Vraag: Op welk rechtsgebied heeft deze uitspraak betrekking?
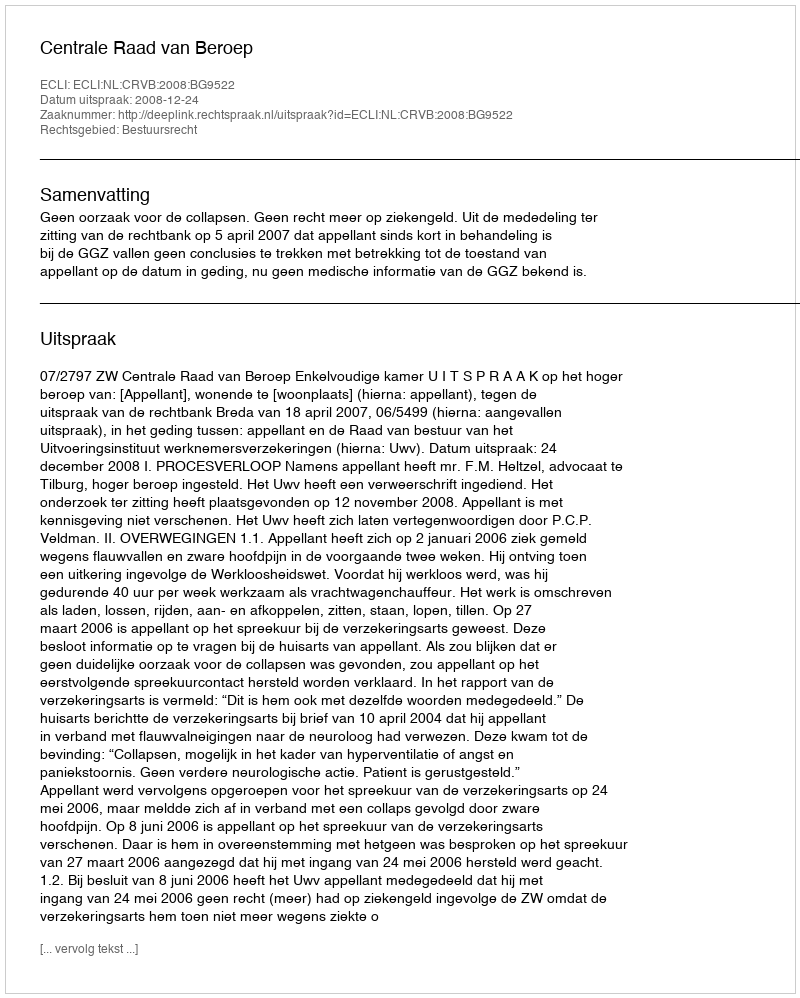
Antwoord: Bestuursrecht